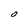
Character: O